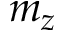
m _ { z }